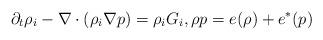
LaTeX: \begin{align*} \partial_t \rho_i-\nabla \cdot (\rho_i\nabla p)=\rho_i G_i, \rho p=e(\rho)+e^*(p)\end{align*}